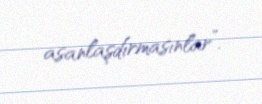
asanlaşdırmasınlar”.